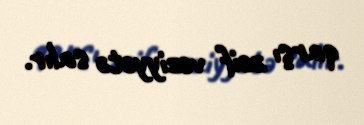
qarşı zəif vəziyyətə salır.